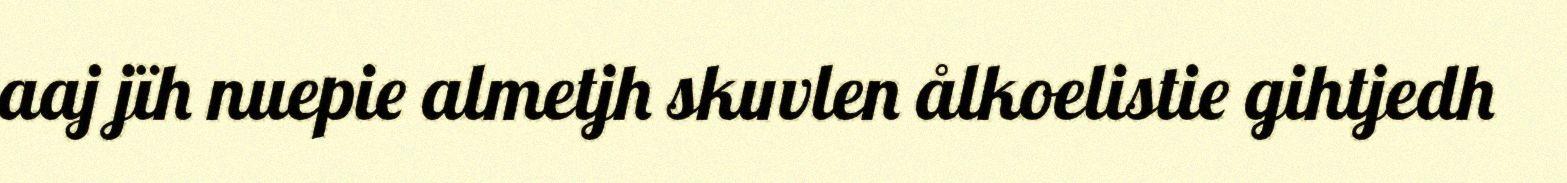
aaj jïh nuepie almetjh skuvlen ålkoelistie gihtjedh